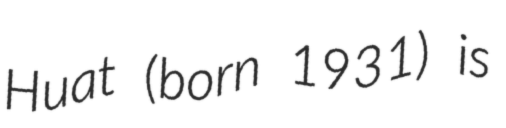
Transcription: Huat (born 1931) is